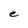
Character: e